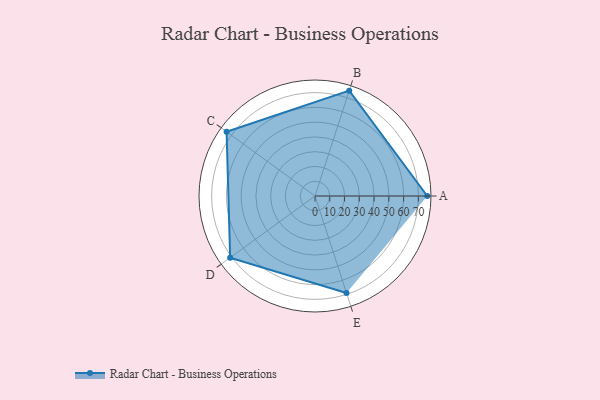
{"axis": {"x": "Skill", "y": "Score"}, "legend": ["Profile"], "data": [{"x": "A", "y": 76.0, "type": "Profile"}, {"x": "B", "y": 75.0, "type": "Profile"}, {"x": "C", "y": 74.0, "type": "Profile"}, {"x": "D", "y": 71.0, "type": "Profile"}, {"x": "E", "y": 69.0, "type": "Profile"}]}